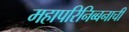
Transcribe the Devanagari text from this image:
महापरिनिब्बनाची